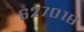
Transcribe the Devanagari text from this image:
६२७०१८